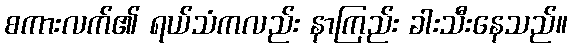
စကားလက်၏ ရယ်သံကလည်း နာကြည်း ခါးသီးနေသည်။